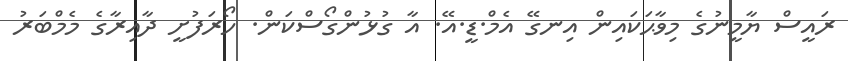
ރައީސް ޔާމީނުގެ މިވާޙަކައިން އިނގޭ އެމް.ޑީ.އޭ. އާ ގުޅުންގޯސްކަން. ހޯރަފުށީ ދާއިރާގެ މެމްބަރު